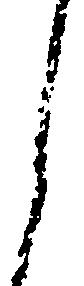
し